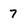
Character: 7